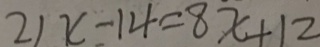
2 1 x - 1 4 = 8 x + 1 2